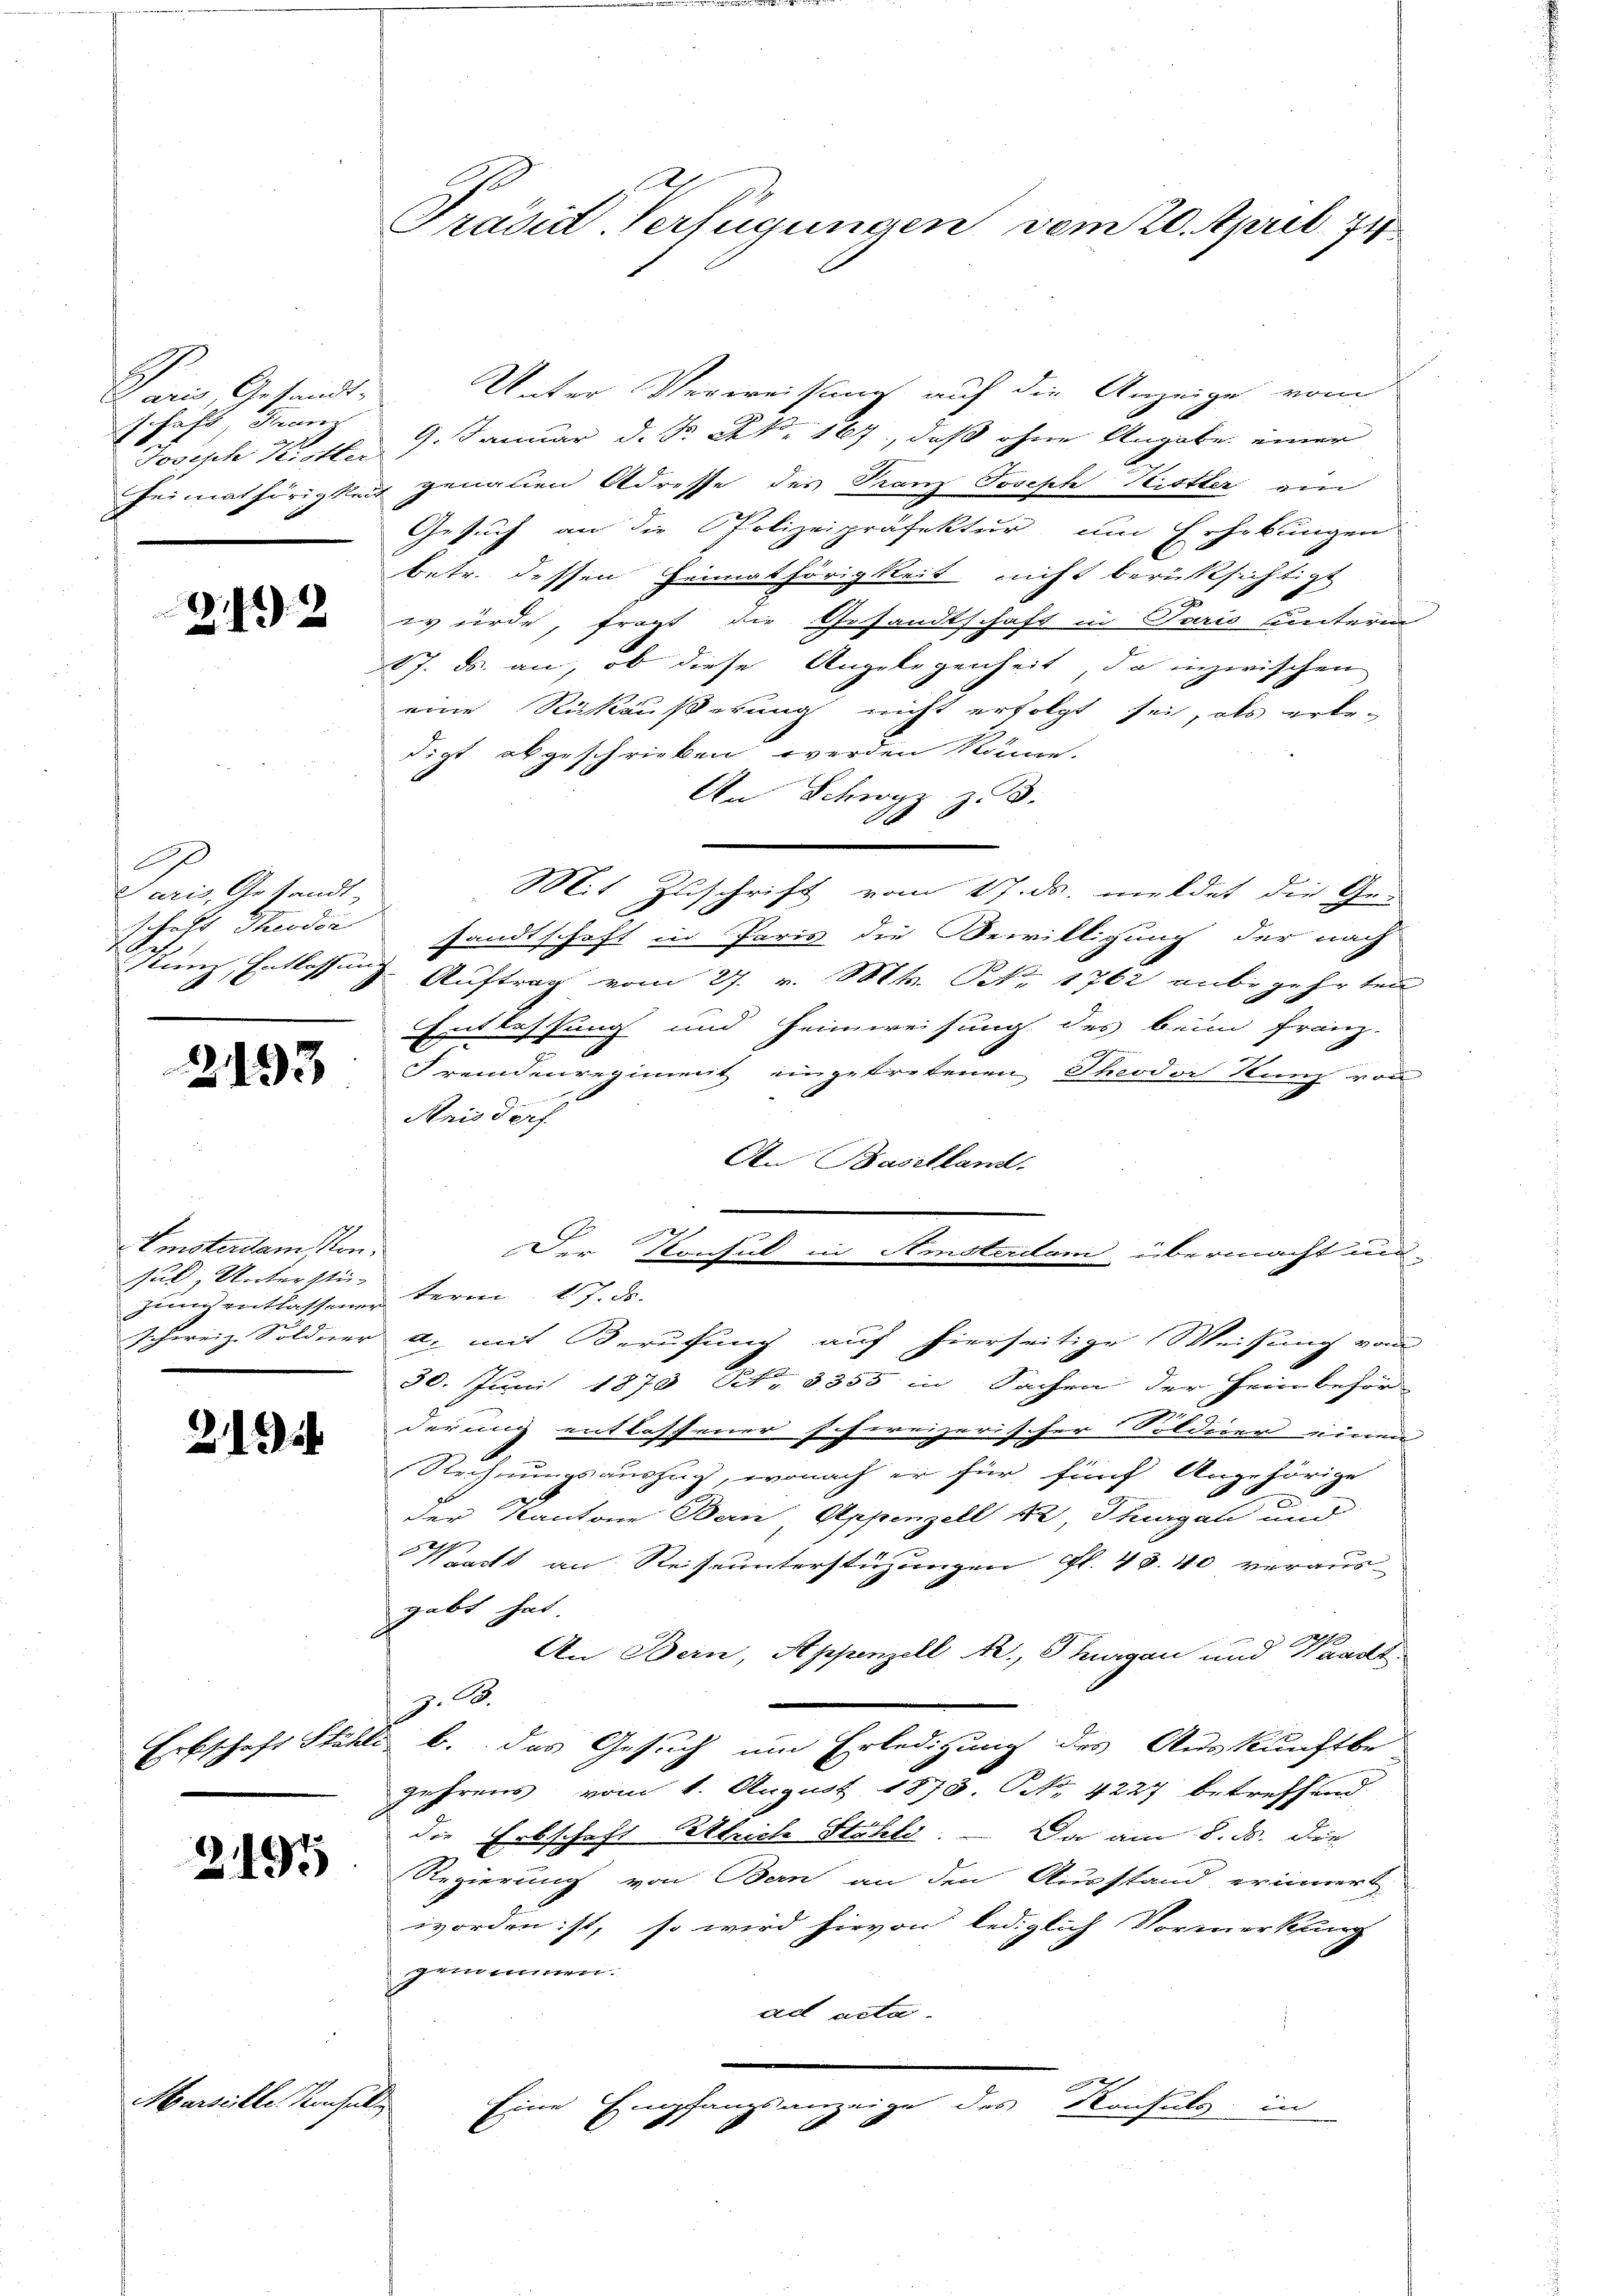
Paris Gesandt-
schäft, Franz

342

Paris Gesandt-

Emsterdamskon.
Jul. Unterstü-

21.

Marseille Konsul

Unter Verweisung auf die Anzeige vom
Joseph Kotter 9. Januar d. d. A. 167, daß ohne Angabe einer
Feimathörigkeit genauen Adresse des Franz Joseph Kister ein
Gesuch an die Polizeipräfektur um Erhebungen
l
betr. dessen Heimathörigkeit nicht berücksichtigt
d
würde, fragt die Gesandtschaft in Paris unterm
17. ds. an, ob diese Angelegenheit, da inzwischen
eine Rückäußerung nicht erfolgt sei, als erle-
digt abgeschrieben werden könne.
An Schweiz z. B.
A
Mit Zuschrift vom 17. ds. meldet die Ge-
schaft Theodor sandtschaft in Paris die Bewilligung der nach
Kunz, Entlassung. Auftrag vom 27. v. Mts. No 1762 anbegehrten
Entlassung und Heimweisung des beim Franz-
.
 Fremdenregiment eingetretenen Theodor Kunz von
Anis derf
An Baselland.
Der Konsul in Amsterdam, übermacht un-
gung entlassener term 17. d.
schweiz. Söldner a. mit Berufung auf hierseitige Weisung vom
30. Juni 1870 Rt. 3355 in Sachen der Heimbehör
derung entlassener schweizerischer Söldner einen
Rechnungsauszug, wonach er für fünf Angehörige
der Kantone Bern, Appenzell 12, Thurgau und
Pracht an Reiseunterstüzungen Fl. 43.40 veraus-
gabt hat.

An Bern, Appenzell A., Thurgau und Waadt
z. A.
Erbschaft Stähle b. das Gesuch um Erledigung des Auskunftbe-
gehrens vom 1. August 1878. No. 4227 betreffend
die Erbschaft Bleiche Stöhlo. — Da am 8. ds. die
 Regierung von Ban an den Ausstand erinnert
worden ist, so wird hievon lediglich Vormerkung
gemeinnen.
ad acta.
Eine Empfangsanzeige des Konsuls in

Präsid-Verfügungen vom 20. April 174